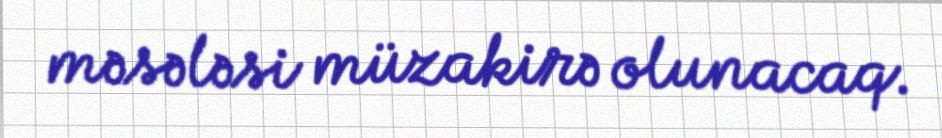
məsələsi müzakirə olunacaq.